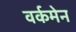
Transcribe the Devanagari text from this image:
वर्कमेन